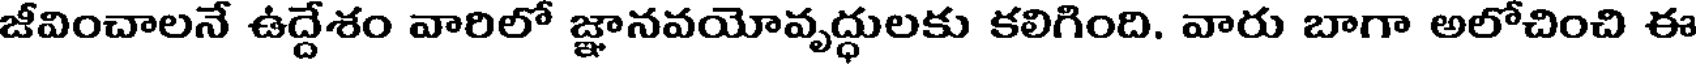
జీవించాలనే ఉద్దేశం వారిలో జ్ఞానవయోవృద్ధులకు కలిగింది. వారు బాగా అలోచించి ఈ